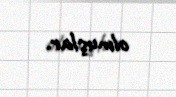
olmuşlar.